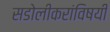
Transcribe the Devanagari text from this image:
सडोलीकरांविषयी